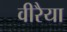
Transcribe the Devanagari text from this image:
वीरैया